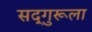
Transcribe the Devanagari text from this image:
सद्‌गुरूला